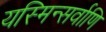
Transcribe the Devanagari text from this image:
यस्मिन्सर्वाणि